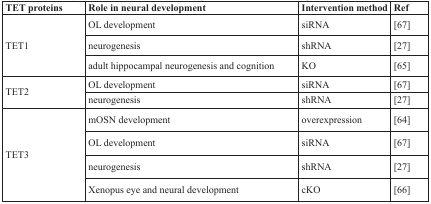
<table><thead><tr><td><b>TET proteins</b></td><td><b>Role in neural development</b></td><td><b>Intervention method</b></td><td><b>Ref</b></td></tr></thead><tbody><tr><td rowspan="3">TET1</td><td>OL development</td><td>siRNA</td><td>[67]</td></tr><tr><td>neurogenesis</td><td>shRNA</td><td>[27]</td></tr><tr><td>adult hippocampal neurogenesis and cognition</td><td>KO</td><td>[65]</td></tr><tr><td rowspan="2">TET2</td><td>OL development</td><td>siRNA</td><td>[67]</td></tr><tr><td>neurogenesis</td><td>shRNA</td><td>[27]</td></tr><tr><td rowspan="4">TET3</td><td>mOSN development</td><td>overexpression</td><td>[64]</td></tr><tr><td>OL development</td><td>siRNA</td><td>[67]</td></tr><tr><td>neurogenesis</td><td>shRNA</td><td>[27]</td></tr><tr><td>Xenopus eye and neural development</td><td>cKO</td><td>[66]</td></tr></tbody></table>